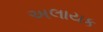
અલાયક